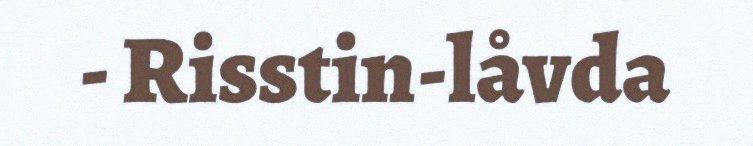
- Risstin-låvda